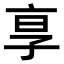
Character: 𬽊